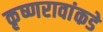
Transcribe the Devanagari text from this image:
कृष्णरावांकडे